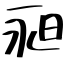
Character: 昶